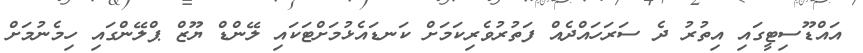
އައްޑޫސިޓީގައި އިތުރު ދެ ސަރަހައްދެއް ފަތުރުވެރިކަމަށް ކަނޑައެޅުމަށްޓަކައި ލޭންޑް ޔޫޒް ޕްލޭންގައި ހިމެނުމަށް